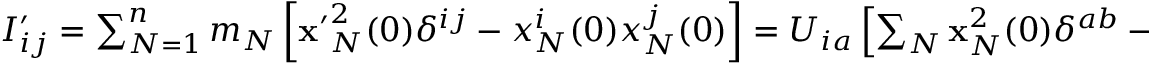
\begin{array} { r } { I _ { i j } ^ { \prime } = \sum _ { N = 1 } ^ { n } m _ { N } \left[ { \bf x ^ { \prime } } _ { N } ^ { 2 } ( 0 ) \delta ^ { i j } - x _ { N } ^ { i } ( 0 ) x _ { N } ^ { j } ( 0 ) \right] = U _ { i a } \left[ \sum _ { N } { \bf x } _ { N } ^ { 2 } ( 0 ) \delta ^ { a b } - m _ { N } x _ { N } ^ { a } ( 0 ) x _ { N } ^ { b } ( 0 ) \right] U _ { j b } = U _ { i a } I _ { a b } U _ { j b } , \quad \mathrm { ~ o ~ r ~ } \quad I ^ { \prime } = U I U ^ { T } . \quad } \end{array}